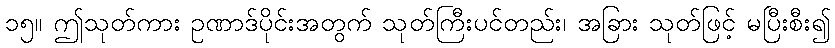
၁၅။ ဤသုတ်ကား ဥဏာဒ်ပိုင်းအတွက် သုတ်ကြီးပင်တည်း၊ အခြား သုတ်ဖြင့် မပြီးစီး၍